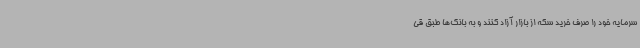
سرمایه خود را صرف خرید سکه از بازار آزاد کنند و به بانک‌ها طبق قی